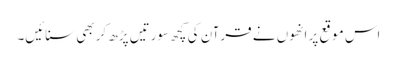
اس موقع پر انھوں نے قرآن کی کچھ سورتیں پڑھ کر بھی سنائیں۔